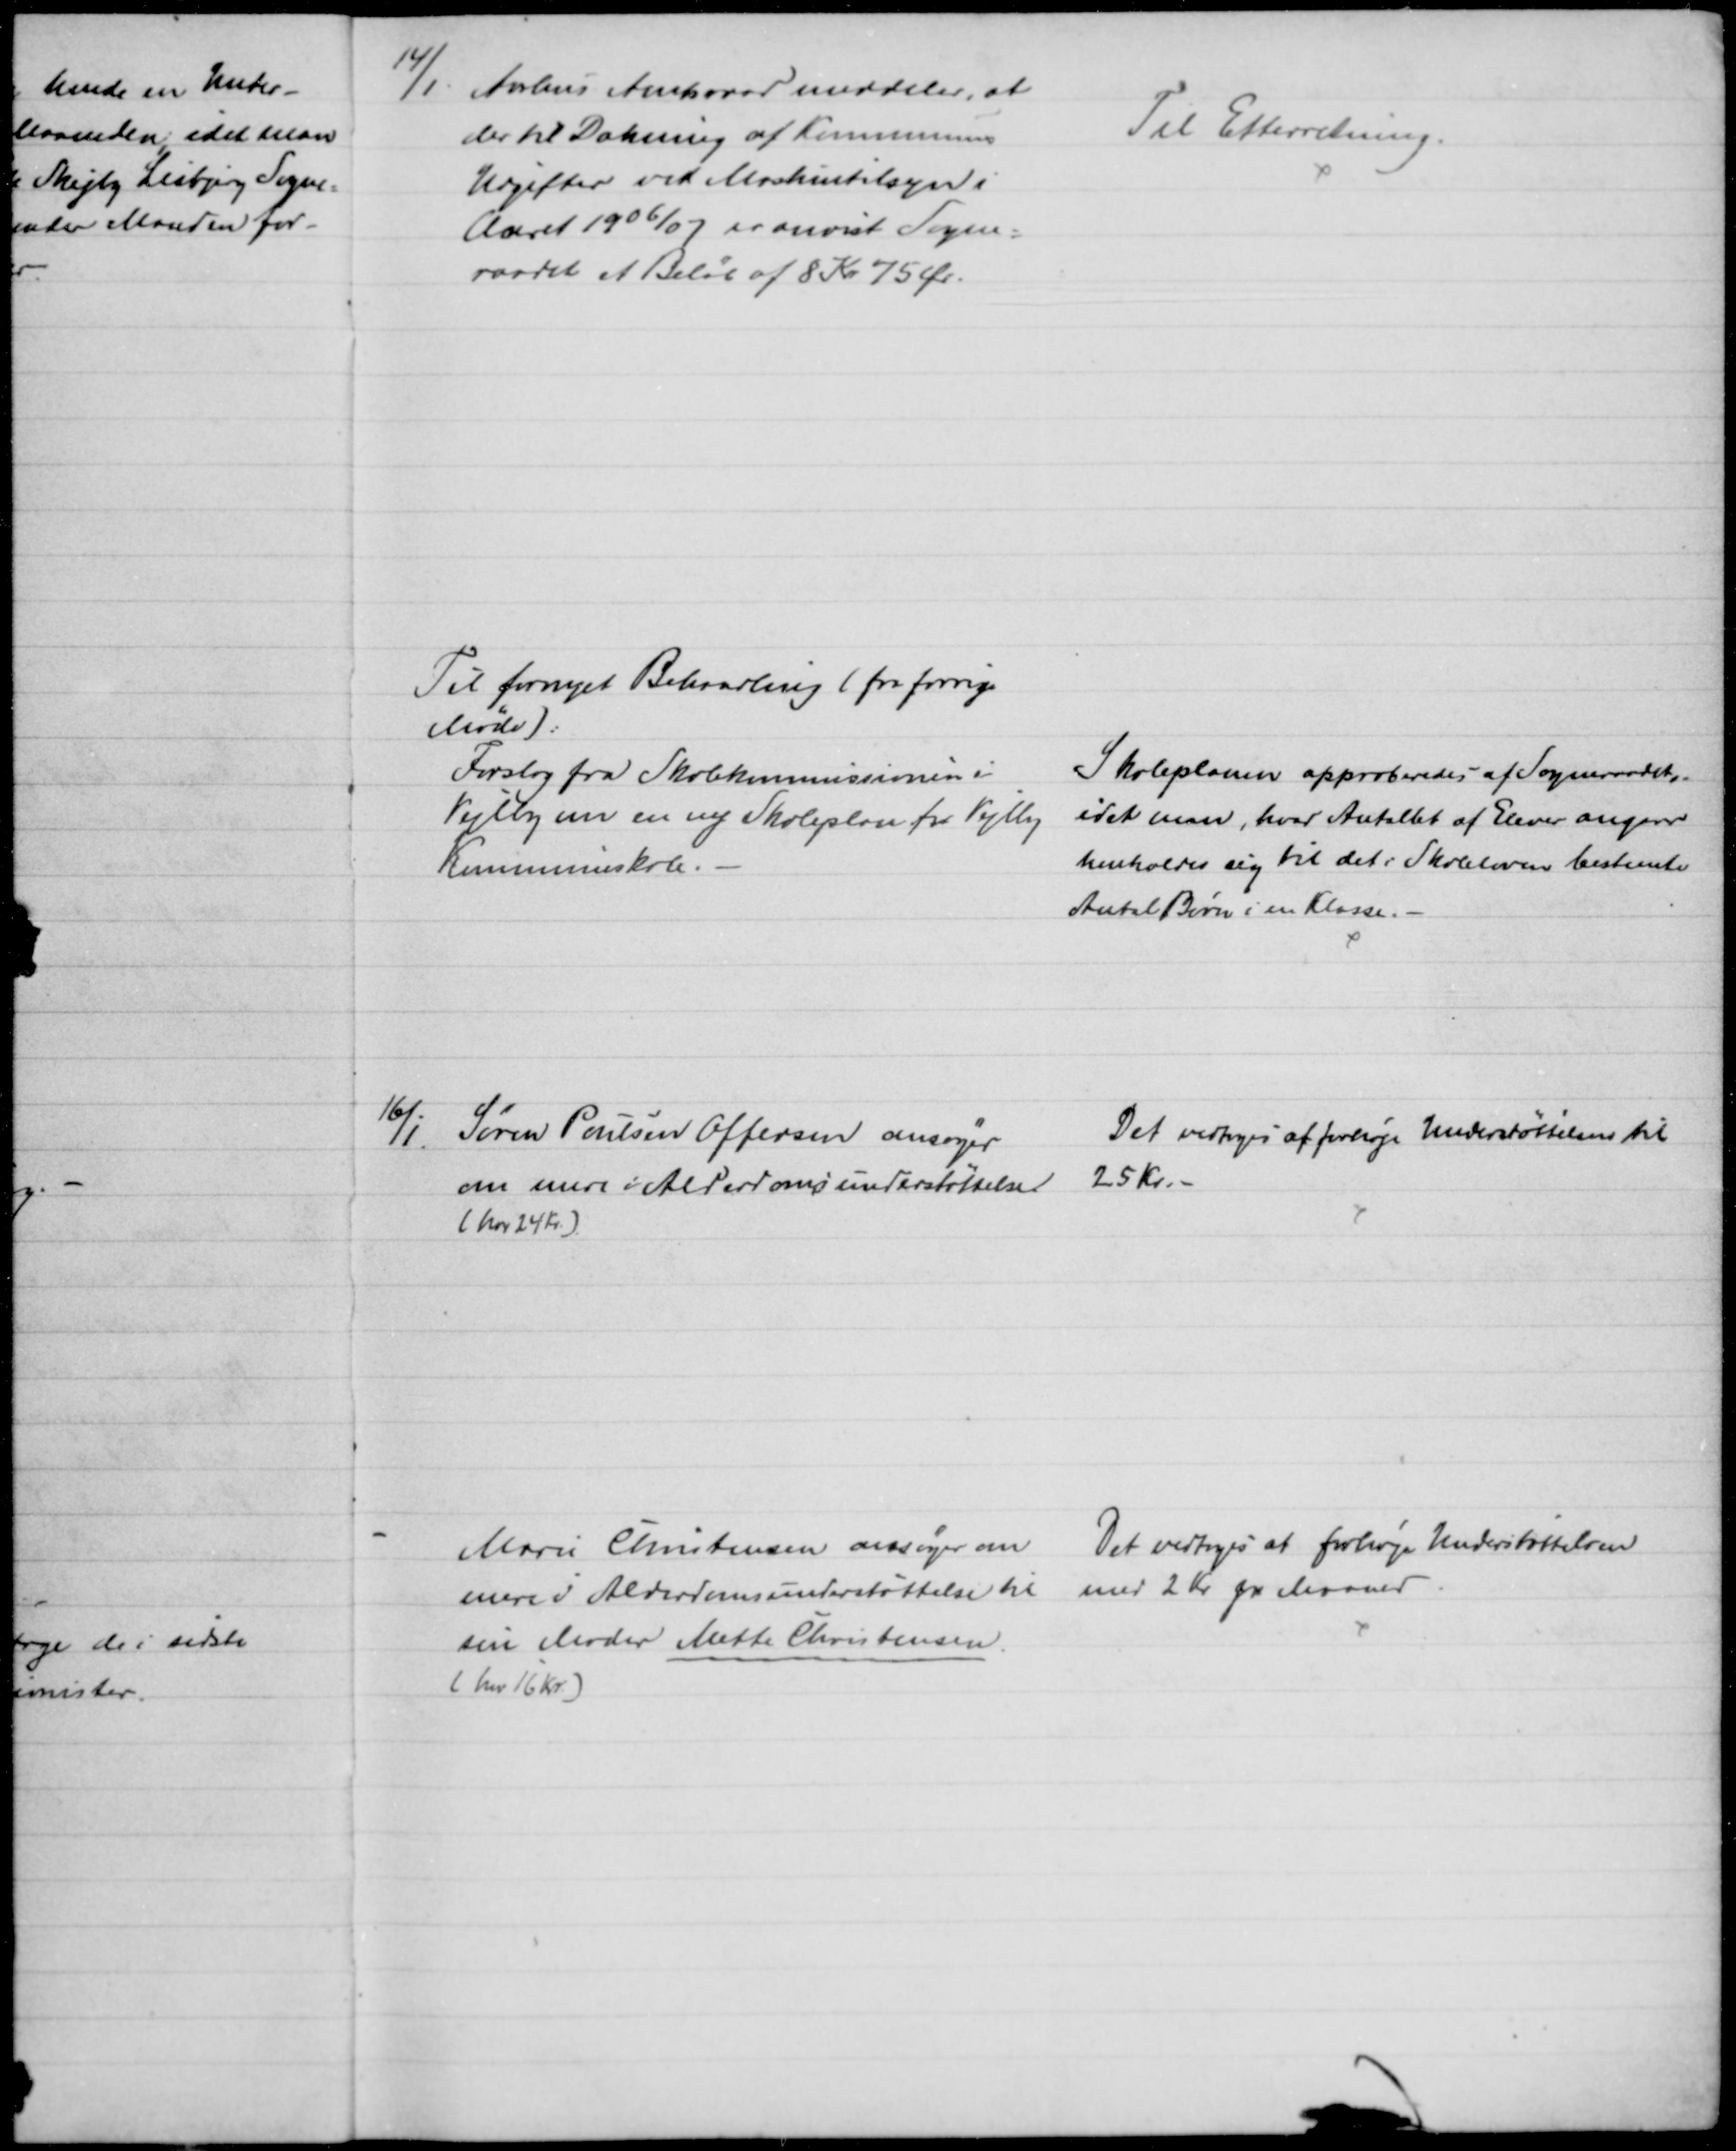
Transskription:
14/1 Aarhus Amtsraad meddeler, at
der til Dækning af Kommunens
Udgifter ved Maskintilsyn i
Aaret 1906/07 er anvist Sogne-
raadet et Beløb af 8 Kr 75 Ør.
Til Efterretning.
Til fornyet Behandling ( fra forrige
Møde):
Forslag fra Skolekommissionen i 
Vejlby om en ny Skoleplan for Vejlby
Kommuneskole.
Skoleplanen approberedes af Sogneraadets,
idet man, hvad Antallet af Elever angaar
henholder sig til det i Skoleloven bestemte
Antal Børn i en Klasse.
16/11
Søren Poulsen Offersen ansøger
om mere i Alderdomsunderstøttelse
(her 24 Kr.)
Det vedtoges at forhøje Understøttelsen til
25 Kr. 
Marie Christensen ansøger om 
mere i Alderdomsunderstøttelse til
sin Moder Mette Christensen.
( her 16 Kr.)
Det vedtoges at forhøje Understøttelsen
med 2 Kr pr Maaned